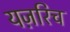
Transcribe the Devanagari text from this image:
यज़रिच